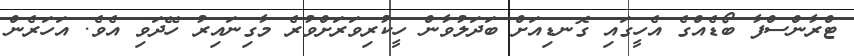
ޓްރާންސްފާ ބޯޑެއްގެ އެހީގައި ގޮނޑިއަށް ބަދަލުވާން ހީކުރިވަރަށްވުރެ މާގިނައިރު ހޭދަވި އެވެ. އަހަރެން